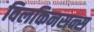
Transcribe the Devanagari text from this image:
विलकिनसन्स